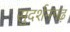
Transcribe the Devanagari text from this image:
सुदर्शनगढ़